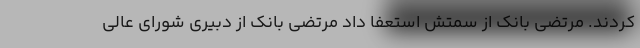
کردند. مرتضی بانک از سمتش استعفا داد مرتضی بانک از دبیری شورای عالی